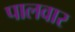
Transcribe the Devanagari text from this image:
पालवार